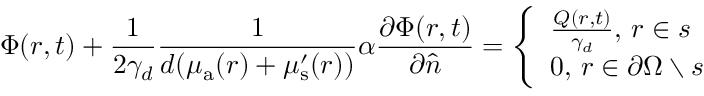
\Phi ( r , t ) + \frac { 1 } { 2 \gamma _ { d } } \frac { 1 } { d ( \mu _ { { \mathrm a } } ( r ) + \mu _ { \mathrm { s } } ^ { \prime } ( r ) ) } \alpha \frac { \partial \Phi ( r , t ) } { \partial \hat { n } } = \left\lbrace \begin{array} { l } { \frac { Q ( r , t ) } { \gamma _ { d } } , \, r \in s } \\ { 0 , \, r \in \partial \Omega \setminus s } \end{array} \right.